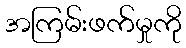
အကြမ်းဖက်မှုကို